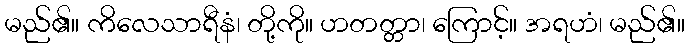
မည်၏။ ကိလေသာရီနံ၊ တို့ကို။ ဟတတ္တာ၊ ကြောင့်။ အရဟံ၊ မည်၏။